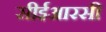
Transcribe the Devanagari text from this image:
सीईआरसी